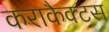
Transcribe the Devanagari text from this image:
कराकैक्टस